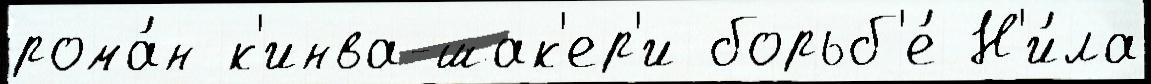
рома́н к'инва-шак'ер'и борьб'е́ Н'и́ла